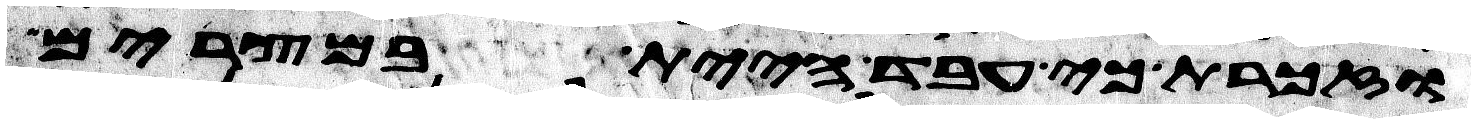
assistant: וזכרת כי עבד היית במצרים